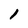
Character: 1